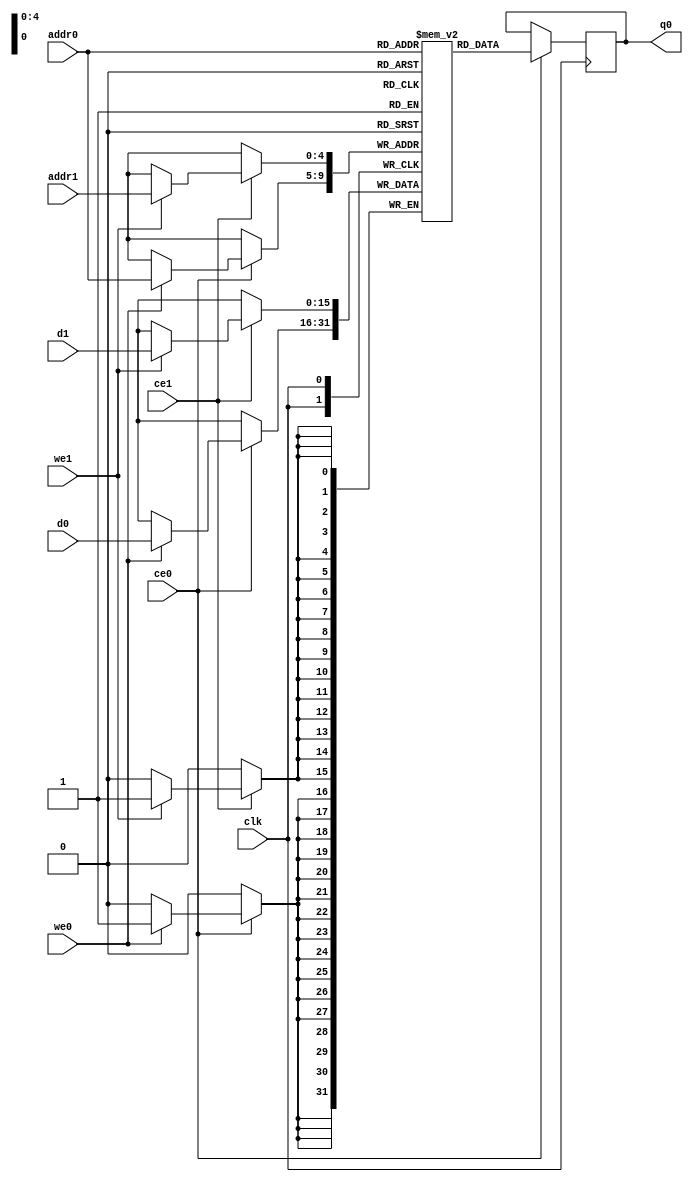
// ==============================================================
// Vivado(TM) HLS - High-Level Synthesis from C, C++ and SystemC v2019.2 (64-bit)
// Copyright 1986-2019 Xilinx, Inc. All Rights Reserved.
// ==============================================================
`timescale 1 ns / 1 ps
module conv_2d_cl_ss_ap_fixed_ap_fixed_16_5_5_3_0_config32_s_layxdS_ram (addr0, ce0, d0, we0, q0, addr1, ce1, d1, we1,  clk);

parameter DWIDTH = 16;
parameter AWIDTH = 5;
parameter MEM_SIZE = 32;

input[AWIDTH-1:0] addr0;
input ce0;
input[DWIDTH-1:0] d0;
input we0;
output reg[DWIDTH-1:0] q0;
input[AWIDTH-1:0] addr1;
input ce1;
input[DWIDTH-1:0] d1;
input we1;
input clk;

(* ram_style = "block" *)reg [DWIDTH-1:0] ram[0:MEM_SIZE-1];




always @(posedge clk)  
begin 
    if (ce0) begin
        if (we0) 
            ram[addr0] <= d0; 
        q0 <= ram[addr0];
    end
end


always @(posedge clk)  
begin 
    if (ce1) begin
        if (we1) 
            ram[addr1] <= d1; 
    end
end


endmodule

`timescale 1 ns / 1 ps
module conv_2d_cl_ss_ap_fixed_ap_fixed_16_5_5_3_0_config32_s_layxdS(
    reset,
    clk,
    address0,
    ce0,
    we0,
    d0,
    q0,
    address1,
    ce1,
    we1,
    d1);

parameter DataWidth = 32'd16;
parameter AddressRange = 32'd32;
parameter AddressWidth = 32'd5;
input reset;
input clk;
input[AddressWidth - 1:0] address0;
input ce0;
input we0;
input[DataWidth - 1:0] d0;
output[DataWidth - 1:0] q0;
input[AddressWidth - 1:0] address1;
input ce1;
input we1;
input[DataWidth - 1:0] d1;



conv_2d_cl_ss_ap_fixed_ap_fixed_16_5_5_3_0_config32_s_layxdS_ram conv_2d_cl_ss_ap_fixed_ap_fixed_16_5_5_3_0_config32_s_layxdS_ram_U(
    .clk( clk ),
    .addr0( address0 ),
    .ce0( ce0 ),
    .we0( we0 ),
    .d0( d0 ),
    .q0( q0 ),
    .addr1( address1 ),
    .ce1( ce1 ),
    .we1( we1 ),
    .d1( d1 ));

endmodule